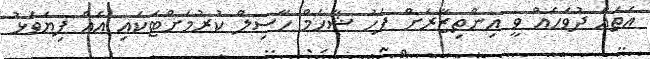
އެތައް ދުވަހެއް ވީ އިންތިޒާރަށް ފަހު ޝާހަމް ހާސިލް ކުރުމަށްޓަކައި އެއް ފިޔަވަޅު